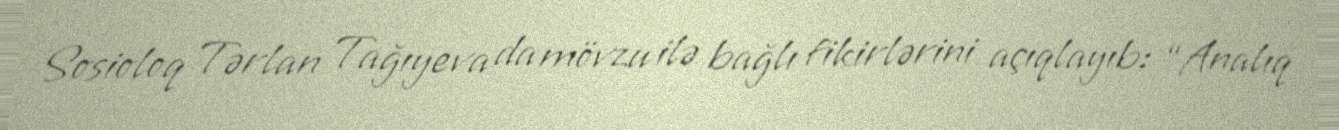
Sosioloq Tərlan Tağıyeva da mövzu ilə bağlı fikirlərini açıqlayıb: “Analıq